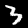
Label: 3